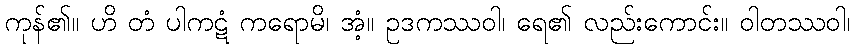
ကုန်၏။ ဟိ တံ ပါကဋံ ကရောမိ၊ အံ့။ ဥဒကဿဝါ၊ ရေ၏ လည်းကောင်း။ ဝါတဿဝါ၊